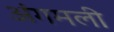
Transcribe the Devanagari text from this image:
अंगमली